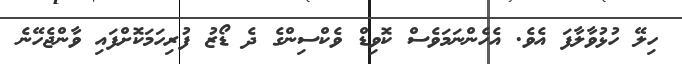
ހިލޭ ހުޅުވާލާފަ އެވެ. އެހެންނަމަވެސް ކޮވިޑް ވެކްސިންގެ ދެ ޑޯޒު ފުރިހަމަކޮށްފައި ވާންޖެހޭނެ